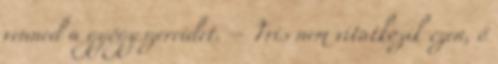
venned a gyógyszereidet. – Tris nem vitatkozik ezen, ő